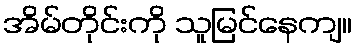
အိမ်တိုင်းကို သူမြင်နေကျ။